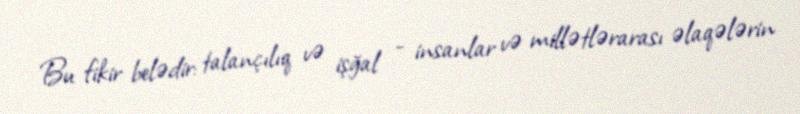
Bu fikir belədir: talançılıq və işğal - insanlar və millətlərarası əlaqələrin